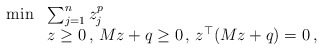
\begin{align*}\begin{array}{rl}\min & \sum_{j=1}^n z_j^{p}\\ & z\ge 0\,,\,Mz+q\ge 0\,,\,z^\top (Mz+q)=0\,,\end{array}\end{align*}